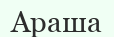
Араша